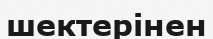
шектерінен